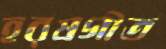
হরষগীত